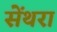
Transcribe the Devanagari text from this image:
सेंथरा